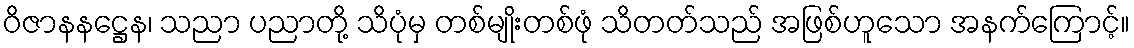
ဝိဇာနနဋ္ဌေန၊ သညာ ပညာတို့ သိပုံမှ တစ်မျိုးတစ်ဖုံ သိတတ်သည် အဖြစ်ဟူသော အနက်ကြောင့်။